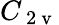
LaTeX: C_{\mathrm{~2~v~}}